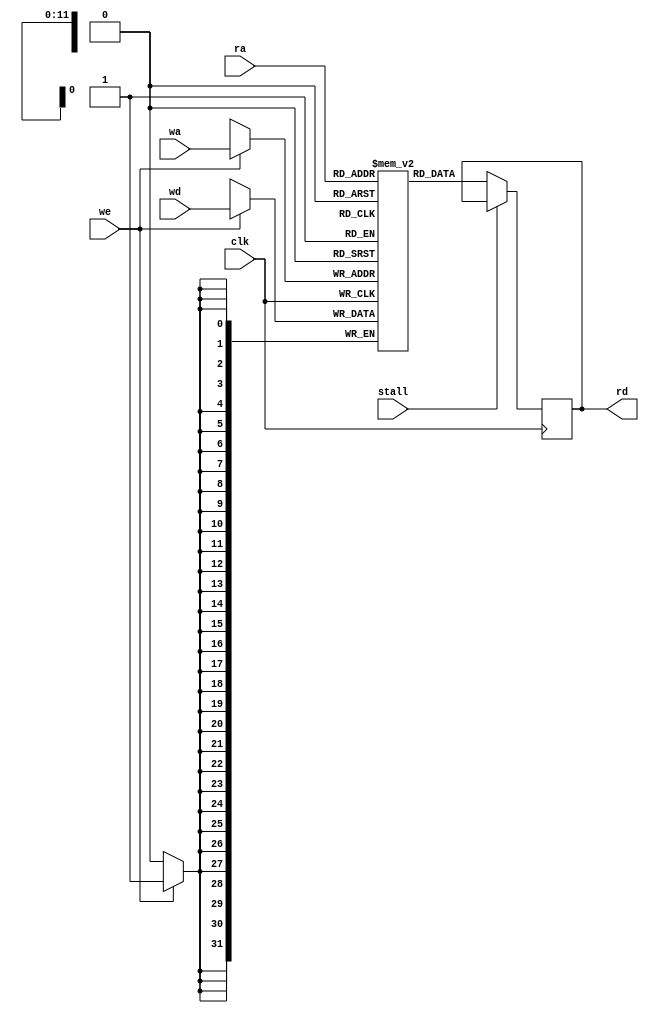
// I hate coregen, let's just infer this one.

module ISRMem (input  clk,
               input  stall,
               input  we,
               input  [11:0] wa,
               input  [31:0] wd,
               input  [11:0] ra,
               output reg [31:0] rd );

  reg [31:0] contents[0:4095];
    
  always @(posedge clk) begin
    if (~stall)
      rd <= contents[ra];
    if (we)
      contents[wa] <= wd;
  end

endmodule